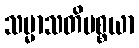
သမ္မာသတိပစ္စယာ